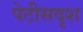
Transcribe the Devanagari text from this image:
पेटीसदृश